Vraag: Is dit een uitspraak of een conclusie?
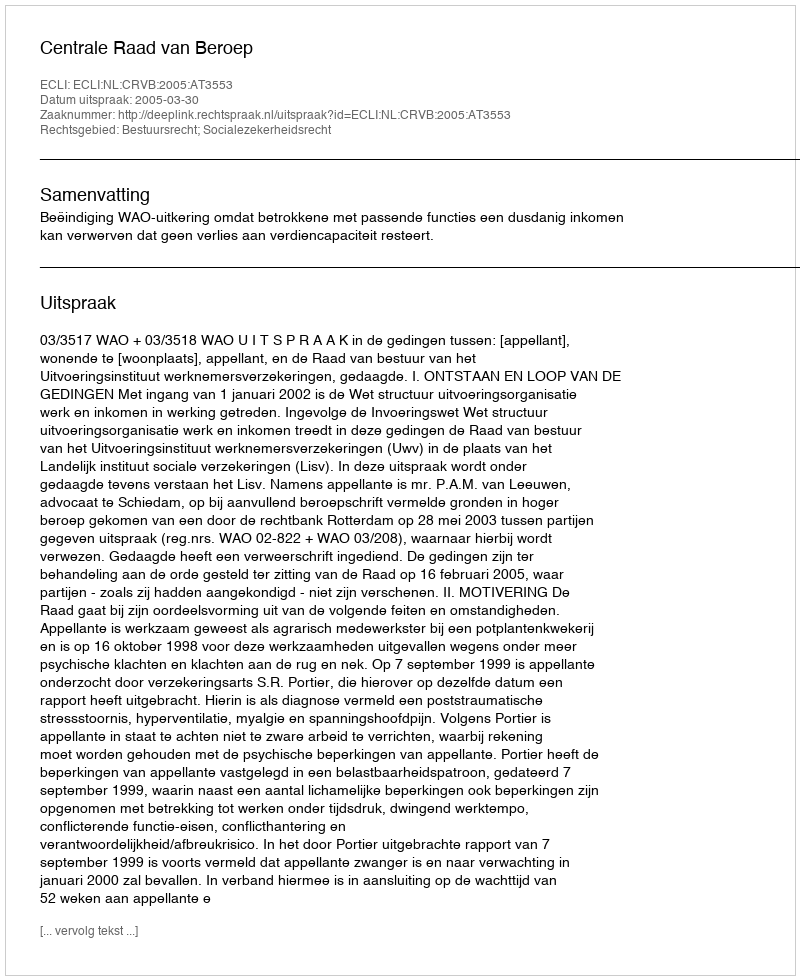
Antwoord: Uitspraak